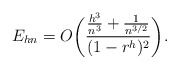
\begin{align*} E_{hn}=O\biggl(\frac{\frac{h^3}{n^3}+\frac{1}{n^{3/2}}}{(1-r^h)^2}\biggr). \end{align*}